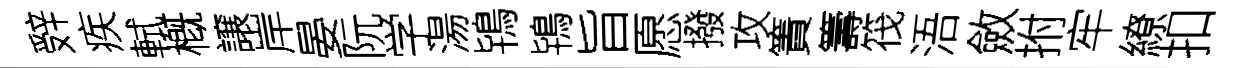
辤疾軾槪譲岸晏阮学湯鴇鴇旨愿撥攻簀籌筏浯斂拊牢繚扣